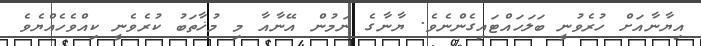
އިޔާނާއަށް ހުރެވުނީ ބަލަހައްޓައިގެންނެވެ. ޔާނާގެ ނަމުން އޭނާއާ މި މުޚާތަބު ކުރެވެނީ ކިއްވެހެއްޔެވެ